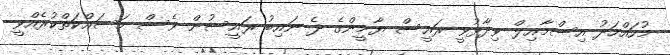
މުހައްމަދު އިސްމާއިލް ވިދާޅުވީ ރައީސް ޔާމީންގެ ދެ ނައިބު ރައީސުން ވެސް މަސައްކަތްކުރެއްވީ